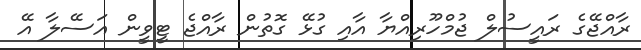
ރާއްޖޭގެ ރައީސުލް ޖުމްހޫރިއްޔާ އާއި ގުޅޭ ގޮތުން ރާއްޖެ ޓީވީން އަސޭލާ އޭ